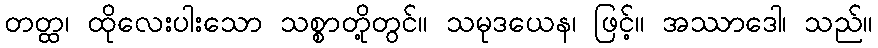
တတ္ထ၊ ထိုလေးပါးသော သစ္စာတို့တွင်။ သမုဒယေန၊ ဖြင့်။ အဿာဒေါ၊ သည်။